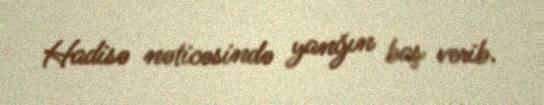
Hadisə nəticəsində yanğın baş verib.